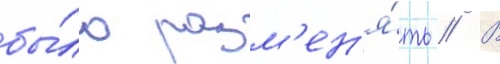
бы́ло разм'ен'я́ть // В